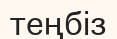
теңбіз